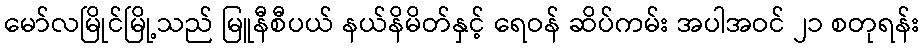
မော်လမြိုင်မြို့သည် မြူနီစီပယ် နယ်နိမိတ်နှင့် ရေဝန် ဆိပ်ကမ်း အပါအဝင် ၂၁ စတုရန်း